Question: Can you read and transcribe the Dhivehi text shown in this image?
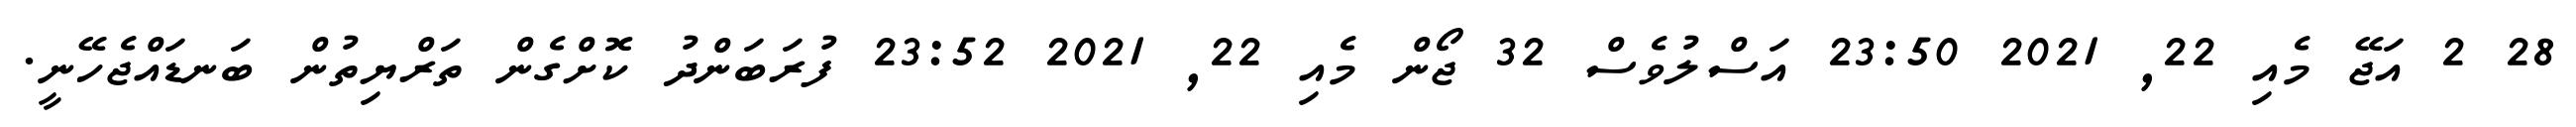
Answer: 28 2 އަޖޭ މެއި 22, 2021 23:50 އަސްލުވެސް 32 ޖޯން މެއި 22, 2021 23:52 ފުރަބަންދު ކޮށްގެން ތަރްޔިތުން ބަނޑައްޖެހޭނީ.